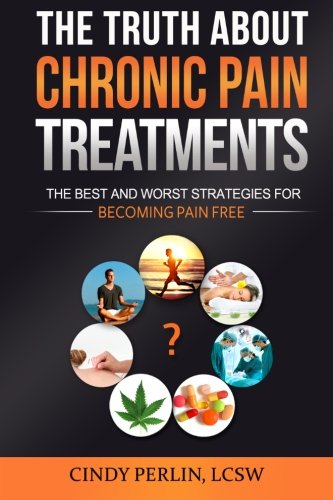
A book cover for The Truth About Chronic Pain Treatments: The Best and Worst Strategies for Becoming Pain Free; Cindy Perlin LCSW; Health, Fitness & Dieting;